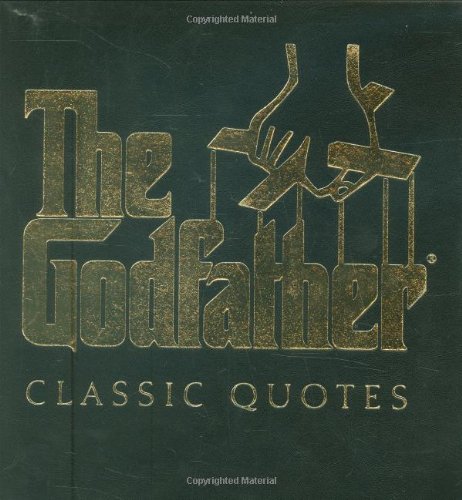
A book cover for The Godfather Classic Quotes; Carlo De Vito; Humor & Entertainment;